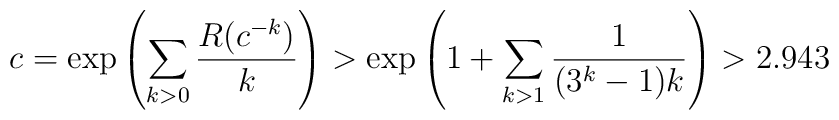
c=\exp\left(\sum_{k>0}{R(c^{-k})\over k}\right)>\exp\left(1+\sum_{k>1}{1\over(3^k-1)k}\right)>2.943